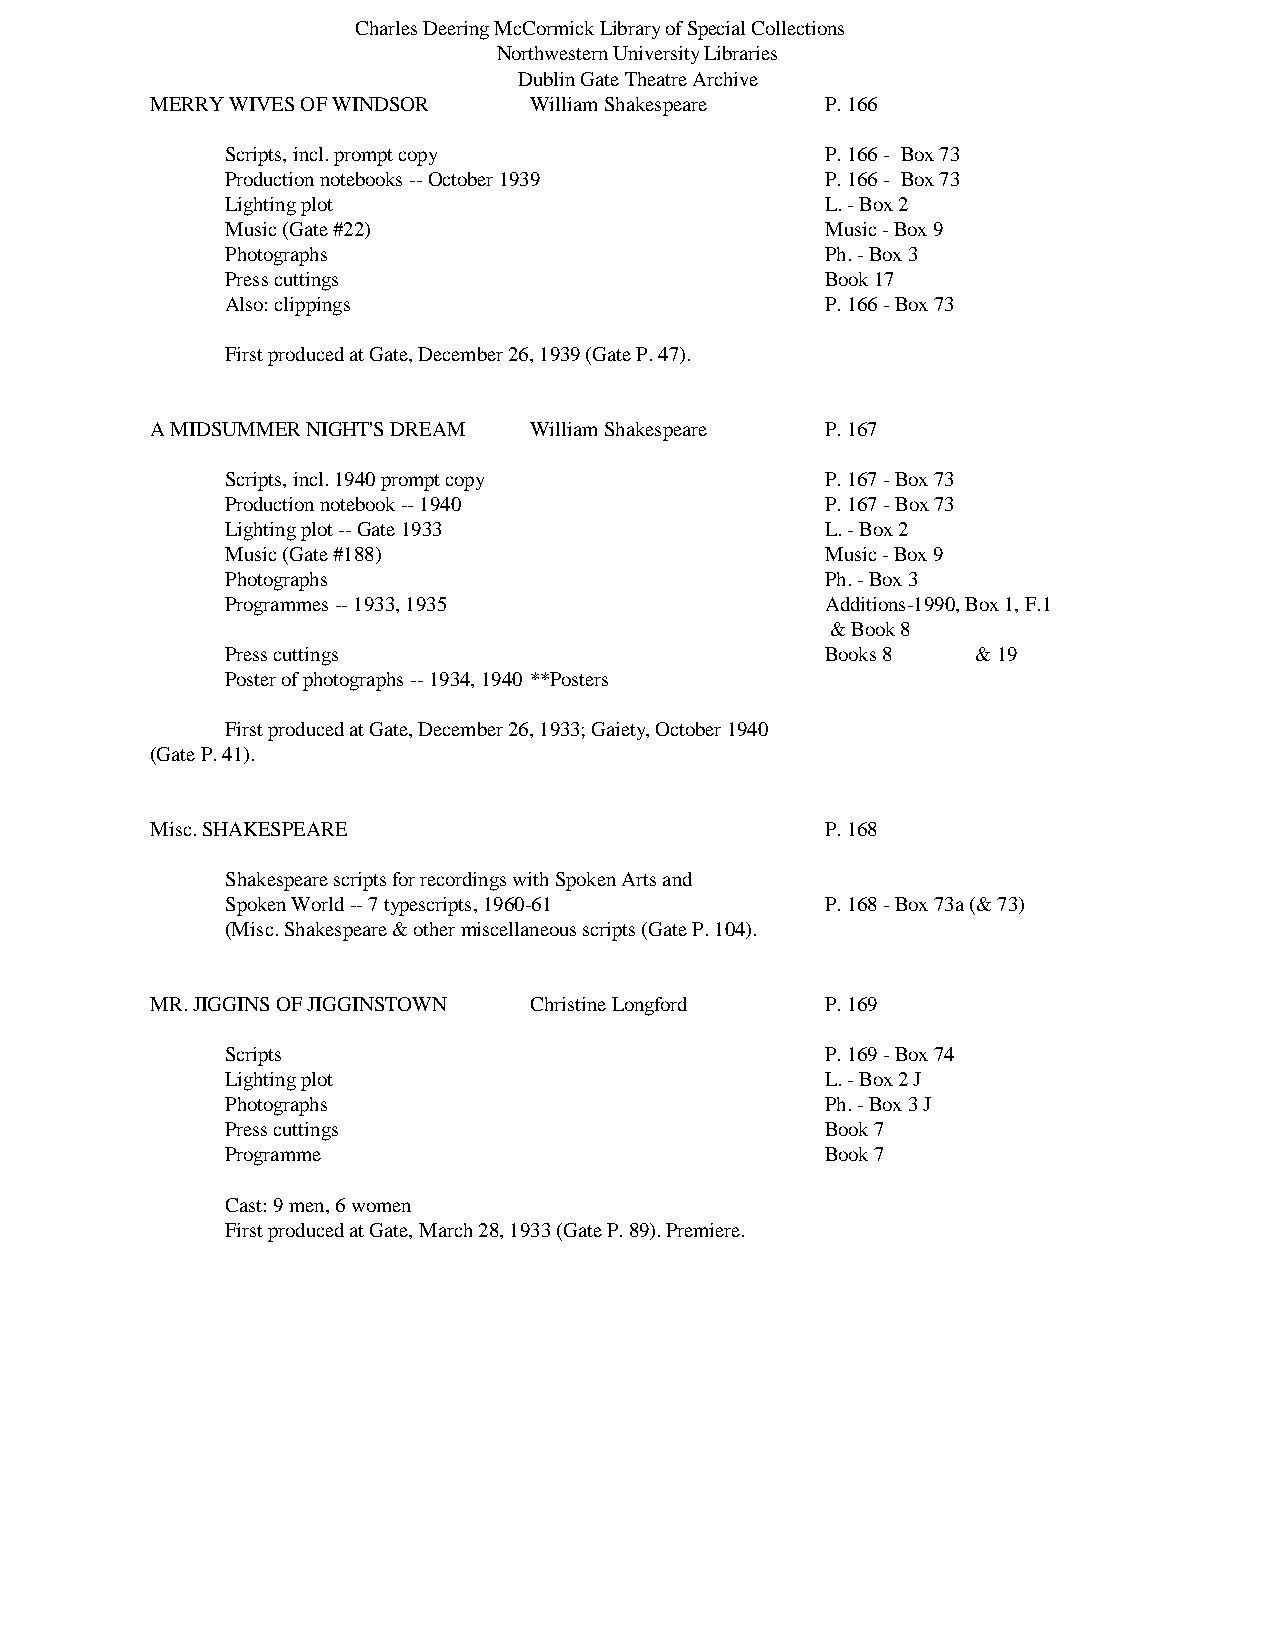
Charles Deering McCormick Library of Special Collections
 Northwestern University Libraries
 Dublin Gate Theatre Archive
 MERRY WIVES OF WINDSOR   William Shakespeare P. 166
 Scripts, incl. prompt copy              P. 166 - Box 73
 Production notebooks -- October 1939    P. 166 - Box 73
 Lighting plot                           L. - Box 2
 Music (Gate #22)                        Music - Box 9
 Photographs                             Ph. - Box 3
 Press cuttings                          Book 17
 Also: clippings                         P. 166 - Box 73
 First produced at Gate, December 26, 1939 (Gate P. 47).
 A MIDSUMMER NIGHT'S DREAM William Shakespeare P. 167
 Scripts, incl. 1940 prompt copy         P. 167 - Box 73
 Production notebook -- 1940             P. 167 - Box 73
 Lighting plot -- Gate 1933              L. - Box 2
 Music (Gate #188)                       Music - Box 9
 Photographs                             Ph. - Box 3
 Programmes -- 1933, 1935                Additions-1990, Box 1, F.1
 & Book 8
 Press cuttings                          Books 8   & 19
 Poster of photographs -- 1934, 1940 **Posters
 First produced at Gate, December 26, 1933; Gaiety, October 1940
 (Gate P. 41).
 Misc. SHAKESPEARE                            P. 168
 Shakespeare scripts for recordings with Spoken Arts and
 Spoken World -- 7 typescripts, 1960-61  P. 168 - Box 73a (& 73)
 (Misc. Shakespeare & other miscellaneous scripts (Gate P. 104).
 MR. JIGGINS OF JIGGINSTOWN Christine Longford P. 169
 Scripts                                 P. 169 - Box 74
 Lighting plot                           L. - Box 2 J
 Photographs                             Ph. - Box 3 J
 Press cuttings                          Book 7
 Programme                               Book 7
 Cast: 9 men, 6 women
 First produced at Gate, March 28, 1933 (Gate P. 89). Premiere.